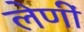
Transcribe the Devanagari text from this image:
लेणीं